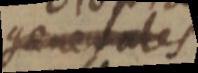
generales